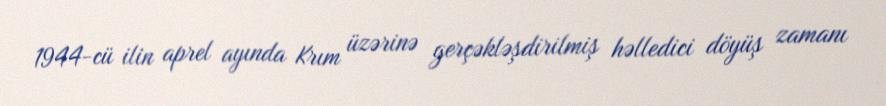
1944-cü ilin aprel ayında Krım üzərinə gerçəkləşdirilmiş həlledici döyüş zamanı